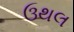
ઉથલ